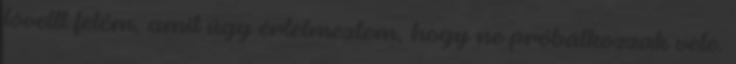
lövellt felém, amit úgy értelmeztem, hogy ne próbálkozzak vele.